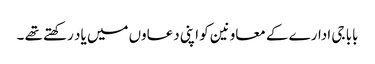
بابا جی ادارے کے معاونین کو اپنی دعاوں میں یاد رکھتے تھے ۔